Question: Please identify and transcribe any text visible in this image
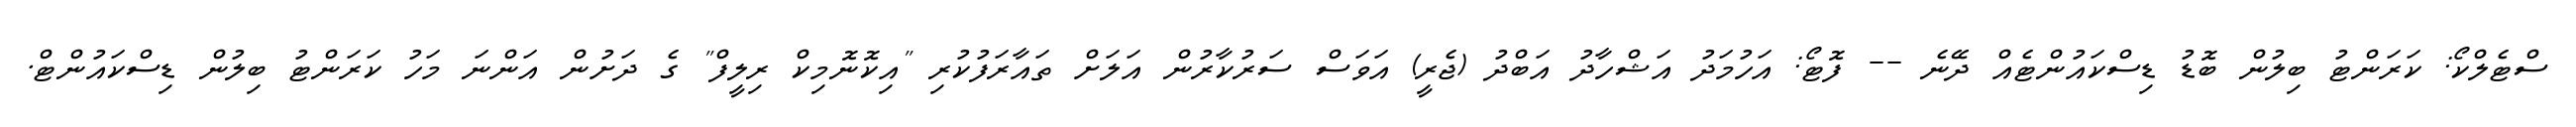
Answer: ސްޓެލްކޯ: ކަރަންޓު ބިލުން ބޮޑު ޑިސްކައުންޓެއް ދޭނެ -- ފޮޓޯ: އަހުމަދު އަޝްހާދު އަބްދު (ޖެރީ) އަވަސް ސަރުކާރުން އަލަށް ތައާރަފުކުރި "އިކޮނޮމިކް ރިލީފް" ގެ ދަށުން އަންނަ މަހު ކަރަންޓު ބިލުން ޑިސްކައުންޓް.